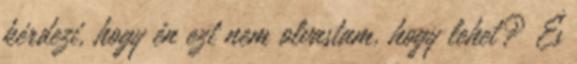
kérdezi, hogy én ezt nem olvastam, hogy lehet? És